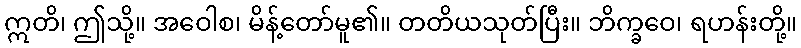
ဣတိ၊ ဤသို့။ အဝေါစ၊ မိန့်တော်မူ၏။ တတိယသုတ်ပြီး။ ဘိက္ခဝေ၊ ရဟန်းတို့။